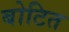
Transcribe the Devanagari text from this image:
बोटित